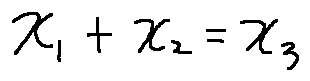
x _ { 1 } + x _ { 2 } = x _ { 3 }